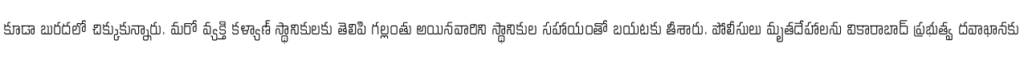
కూడా బురదలో చిక్కుకున్నారు. మరో వ్యక్తి కళ్యాణ్ స్థానికులకు తెలిపి గల్లంతు అయినవారిని స్థానికుల సహాయంతో బయటకు తీశారు. పోలీసులు మృతదేహాలను వికారాబాద్ ప్రభుత్వ దవాఖానకు